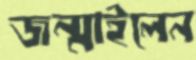
জন্মাইলেন